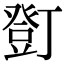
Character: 𧯫